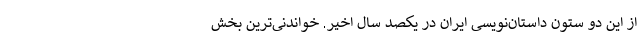
از این دو ستون داستان‌نویسی ایران در یکصد سال اخیر. خواندنی‌ترین بخش